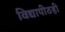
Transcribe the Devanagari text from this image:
विद्यापीठही